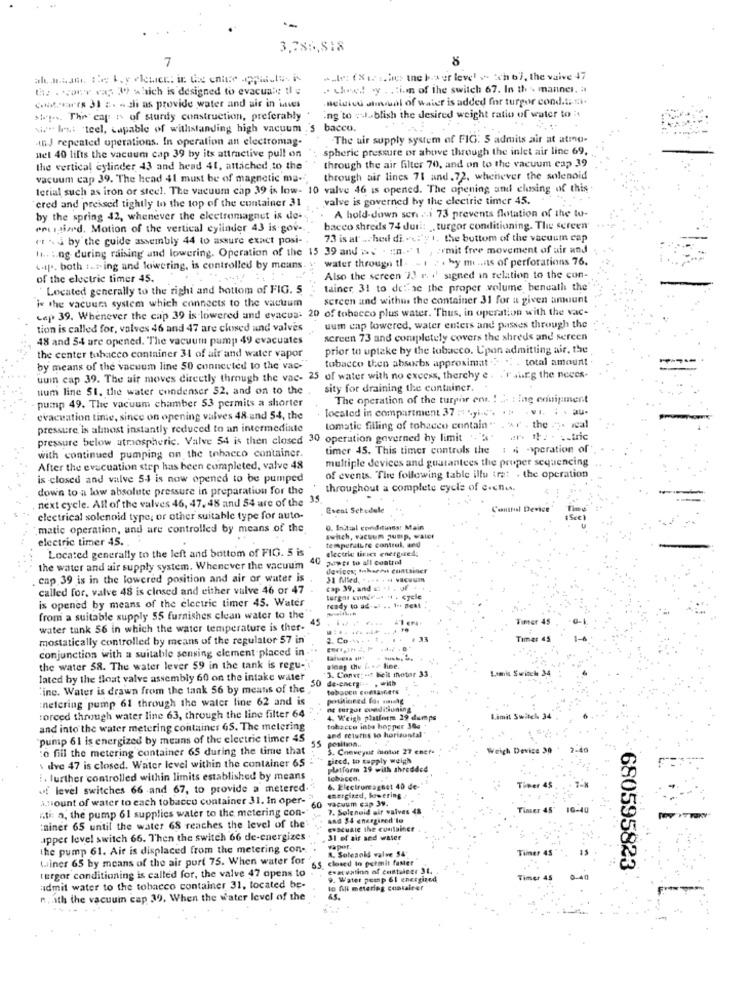
3,78 :, 8:8
7
8
Ale: ( isches te b-ser level > ich 67, the vaive 47
the . cour ra; 39 which is designed to evacuate Il
. chees wy . .: im of the switch 67. In the manner, a
contowe're 31 a. - ali as provide water and air in ives
Heidicu anual of water is added for turgor cond.ti ti.
swt ... The' cap n of sturdy construction, preferably
Ing to :J. blish the desired weight ratio of water to it
w" Iest 'teel, capable of withstanding high vacuum .
bacco.
in J repeated operations. In operation an electromag-
The air supply system of FIG. S admits air at atmo-
nel 40 lifts the vacuum cap 39 by its attractive pull on
spheric pressure or above through the inlet air line 69,
through the air filter 70, and on to the vacuum cap 39
the vertical cylinder 43 and head 41, attached to the
vacuum cap 39. The head $1 must be of magnetic ma-
through air lines 71 and. 72, whenever the solenoid
terial such as iron or steel. The vacuum cap 39 is low- 10 valve 46 is opened. The opening and closing of this.
`ered and pressed tightly to the top of the container 31
valve is governed by the electric timer 45.
A hold-down sen. .. \ 73 prevents flotation of the to-
by the spring 42, whenever the electromagnet is de-
enungiard. Motion of the vertical cylinder 43 is gov-
bacco shreds 74 dur .: turgor conditioning. The screen
et J by the guide assembly 44 to assure exact posi-
73 is at ... hed di cy t. the bottom of the vacuum cap
Hi .. : ng during raising and lowering. Operation of the 15 39 and &s . n. . " 1 , ; rmit free movement of air and
water through tl. - 1 2 . hy mi.ns of perforations 76.
kip .. both t.r. ing and lowering, is controlled by means.
of the electric timer 45.
Also the screen 7) r. . ' signed in relation to the con-
Located generally to the right and bottom of FIG. 5
tainer 31 to dellae the proper volume beneath the'
is the vacuums system which connects to the vactzum
screen and withus the container 31 for a given amount
cap 39. Whenever the cap 39 is-lowered and evacua: 20 of tobacco plus water. Thus, in operation with the vac-
tion is called for, valves 46 and 47 are closed and valves
uum enp lowered, water enters and passes through the
48 and 54 ure opened. The vacuum pump 49 evacuates
screen 73 and completely covers the shreds and sereen
prior to uptake by the tobacco. Upon admitting air, the
the center tobacco container 31 of air and water vapor
tobacco then absorbs approximat ? "; . total amount
by means of the vacuum line 50 connected to the vac-
uuin cap 39. The air moves directly through the vac- 25 of water with no excess, therchy e. "'r auEg the neces-
tium line St. the water condenser 52, and on to the
sity for draining the container.
pump 49. The vacuum chamber 53 permits a shorter
The operation of the turphr ent. ! ... : ing equipment
located in compartment 37 : yi -.. .. . vi. ; . au-
evacuation time, since on opening valves 48 and 5-4, the
pressure is almost instantly reduced to an intermediate
tomatic filling of tobacco contain " . \r . the .". ical
pressure below atmospheric. Valve 54 is then closed 30 operation governed by limit . "
ar- the - .. tric
with continued pumping on the tobacco container.
timer 45. This timer controls the : $ ->peration of
multiple devices and guarantees the proper sequencing
After the evacuation step has been completed, valve 48
is closed and valve 54 is now opened to be pumped
of events. The following table illu tra: . the operation
down to a low absolute pressure in preparation for the
throughout a complete cycle of erches.
next cycle. All of the valves 46, 47. 48 and 54 are of the
35
Event Schedule
"mustel Device
electrical solenoid type, or other suitable type for auto-
matic operation, and are controlled by means of the
0, Initial conditions: Main
electric timer 45 ..
switch, vacuum pump, valor
temperature control, and
Located generally to the left and bottom of FIG. 5 is
electric tivics energized;
40
pepti to all control
the water and air supply system. Whenever the vacuum
. cap 39 is in the lowered position and air or water is
called for, valve 48 is closed and either valve 46 or 47
cap 39, and a: - 1 . JE
is opened by means of the electric timer 45. Water
turgar conterus . . cycle
ready to ad-st .. 1 -. Beat
from a suitable supply 55 furnishes clean water to the
45
Futter 45
water tank 56 in which the water temperature is ther-
mostatically controlled by means of the regulator 57 in
2. Co .. . .
.. . 33
Timer as
conjunction with a suitable sensing element placed in
plaag the [. .. line.
the water 58. The water lever 59 in the tank is regu-
3. Conse; ut beit motor 33
lated by the float valve assembly 60 on the intake water
50
de-energ ... . With
"inc. Water is drawn from the tank 56 by means of the"
tobacco contamfiets
:nelcring pump 61 through the water line 62 and is
positioned for sale
ne turgut conditioning
forced through water line 63, through the line filter 64
4. Weigh platform 29 dumps
Limit Switch 34
and into the water metering container 65. The melering
tobacco inba hopper 30g
and returns to horizontal
pump 61 is energized by means of the electric timer 45
55
position.
:o fill the metering container 65 during the time that
S. Conveyuit miotut 27 cner
Weich Device 30
giecd, to supply weith
\ dve 47 is closed. Water level within the container 65
platform 29 with shredded
i. further controlled within limits established by means
tobacco.
uf level switches 66 and 67, to provide a metered.
energized, lowering
6. Electromagnet 40 de-
Timer 45
amount of water to each tobacco container 31. In oper-"
vacuum cap Jy.
iti: a, the pump 61 supplies water to the metering con-
60
7. Solenoid air valves 45
Timer 45'
and 54 energined'le
:niner 65 until the water 68 reaches the level of the
Evacuate the container
upper level switch 66. Then the switch 66 de-energizes
31 of air and water
the pump 61. Air is displaced from the metering con-
A. Soleaold valve 54'
vapor.
winer 65 by means of the air port 75. When water for
closed to permit faMer
Timer 4
turgor conditioning is called for, the valve 47 opens to
evacuation of contuleer 31.
680595823
9. Water pump 61 energized
Timer 45
admit water to the tobacco container 31, located be-
to fill metering container
n. ith the vacuuin cap 39, When the water level of the
65.